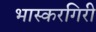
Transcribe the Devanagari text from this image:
भास्करगिरी